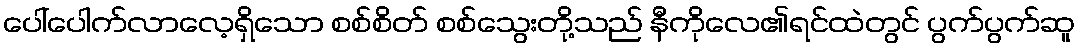
ပေါ်ပေါက်လာလေ့ရှိသော စစ်စိတ် စစ်သွေးတို့သည် နီကိုလေ၏ရင်ထဲတွင် ပွက်ပွက်ဆူ